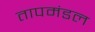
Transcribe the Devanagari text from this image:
तापमंडल